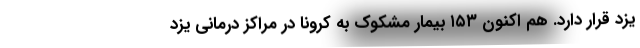
یزد قرار دارد. هم اکنون ۱۵۳ بیمار مشکوک به کرونا در مراکز درمانی یزد